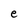
Character: e